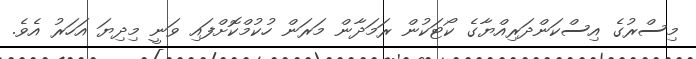
މިސްރުގެ އިސްކަންދަރިއްޔާގެ ކޯޓަކުން ރަމަދާން މަރަން ހުކުމްކޮށްފައި ވަނީ މިދިޔަ އަހަރު އެވެ.